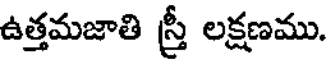
ఉత్తమజాతి స్త్రీ లక్షణము.